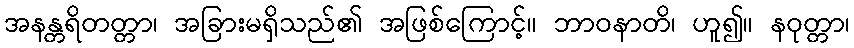
အနန္တရိတတ္တာ၊ အခြားမရှိသည်၏ အဖြစ်ကြောင့်။ ဘာဝနာတိ၊ ဟူ၍။ နဝုတ္တာ၊